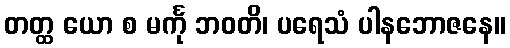
တတ္ထ ယော စ မင်္ကု ဘဝတိ၊ ပရေသံ ပါနဘောဇနေ။